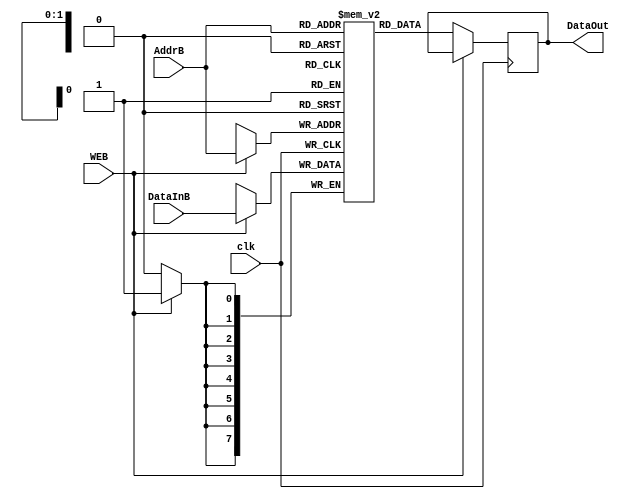
module MemoryB(clk,AddrB,WEB,DataInB,DataOut);

input [1:0] AddrB;
input WEB, clk;
input [7:0] DataInB;
output [7:0] DataOut;
reg [7:0] DataOut;
reg [7:0] MemBank [3:0]; 

always@(posedge clk)
begin
   if(WEB)
   begin
	MemBank[AddrB] <= DataInB;
   end
   else if(!WEB)
   begin
	DataOut <= MemBank[AddrB];
   end
end
endmodule